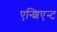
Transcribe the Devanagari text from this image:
एन्शिएन्ट